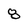
Character: 8